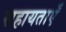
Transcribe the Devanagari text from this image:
सहायताएँ